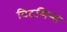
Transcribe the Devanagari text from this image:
विटमिन्स